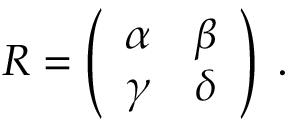
R = \left( \begin{array} { c c } { { \alpha } } & { { \beta } } \\ { { \gamma } } & { { \delta } } \end{array} \right) \; .